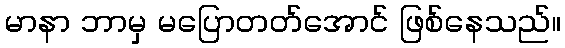
မာနာ ဘာမှ မပြောတတ်အောင် ဖြစ်နေသည်။